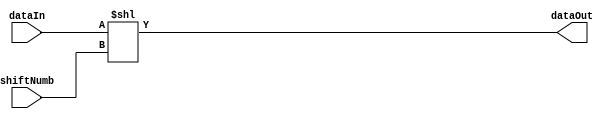
module shiftComb(shiftNumb, dataIn, dataOut);
    input [1:0] shiftNumb;
    input [17:0] dataIn;
    output [20:0] dataOut;
    assign dataOut = {3'b0, dataIn} << shiftNumb;
endmodule